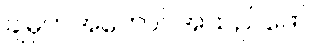
ချမှတ်အကောင်အထည်ဖော်